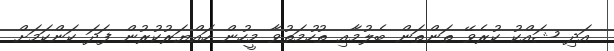
އަދި ޝައްކު ކުރެވޭ ތަންތަން ބެލުމާއި ތުހުމަތުވާ މީހުން ހައްޔަރުކުރުން ފަދަ ކަންކަމަށް